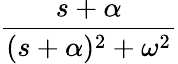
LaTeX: \frac{s+\alpha}{(s+\alpha)^{2}+\omega^{2}}